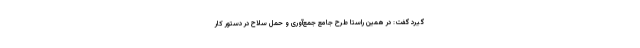
گیرد گفت: در همین راستا طرح جامع جمع‌آوری و حمل سلاح در دستور کار